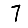
Digit: 7